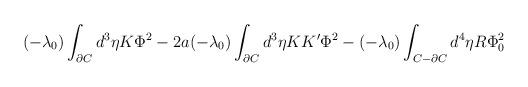
LaTeX: \begin{align*}(-\lambda_0)\int_{\partial C}d^3\eta K\Phi^2 - 2a(- \lambda_0)\int_{\partial C}d^3\eta KK'\Phi^2 -(- \lambda_0)\int_{C - \partial C}d^4\eta R\Phi_0^2\end{align*}